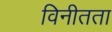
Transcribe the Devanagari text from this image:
विनीतता